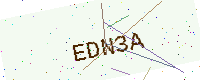
Text: EDN3A